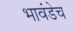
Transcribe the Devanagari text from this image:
भावंडेच